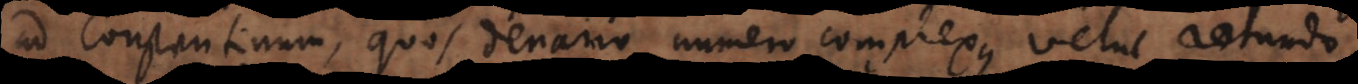
d Constantinum, quos denario numero complexus velut rotundo: